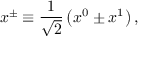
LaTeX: x ^ { \pm } \equiv \frac { 1 } { \sqrt { 2 } } \left( x ^ { 0 } \pm x ^ { 1 } \right) ,